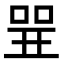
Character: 𠶬